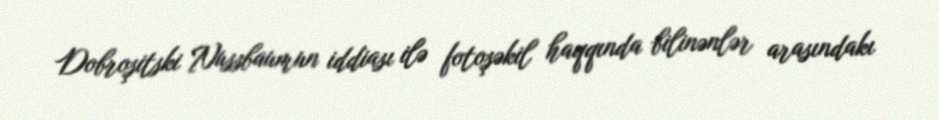
Dobroşitski Nussbaumun iddiası ilə fotoşəkil haqqında bilinənlər arasındakı